Annual report on the working of the Harcourt Butler Institute of Public Health, Rangoon
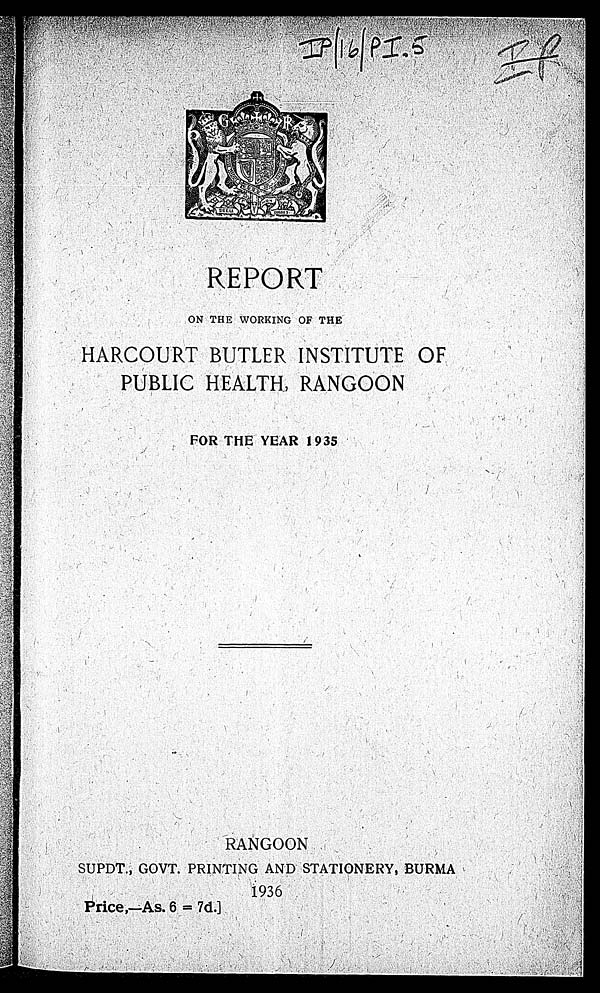
REPORT
ON THE WORKING OF THE
HARCOURT BUTLER INSTITUTE OF
PUBLIC HEALTH, RANGOON
FOR THE YEAR 1935
RANGOON
SUPDT., GOVT. PRINTING AND STATIONERY, BURMA
1936
Price,—As. 6 = 7d.]